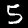
Digit: 5